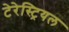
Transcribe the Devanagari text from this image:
टेरेस्‍ट्रियल